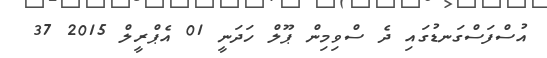
އުސްފަސްގަނޑުގައި ދެ ސްވިމިން ޕޫލް ހަދަނީ 01 އެޕްރީލް 2015 37